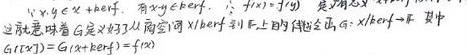
设 \(V = X\times X + kerf\)，有 \(xy\in kerf\)，\(\therefore f(xy)=f(x)f(y)\) 是满射 \(x - y\in kerf\)，这意味着 \(G\) 是 \(X\times X\) 到商空间 \(X/kerf\) 到 \(F\) 上的群同态，\(G = X/kerf\to F\)，其中